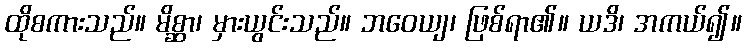
ထိုစကားသည်။ မိစ္ဆာ၊ မှားယွင်းသည်။ ဘဝေယျ၊ ဖြစ်ရာ၏။ ယဒိ၊ အကယ်၍။